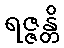
ရဇ္ဇန္တိ